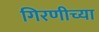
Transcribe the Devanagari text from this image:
गिरणीच्या